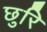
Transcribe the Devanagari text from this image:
छुरि